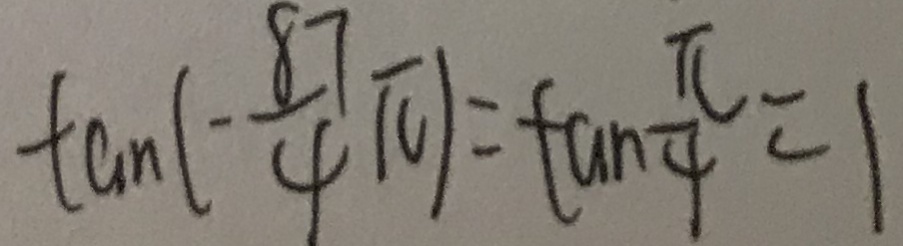
\tan ( - \frac { 8 7 } { 4 } \pi ) = \tan \frac { \pi } { 4 } = 1